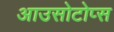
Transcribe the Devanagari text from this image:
आउसोटोप्स